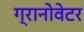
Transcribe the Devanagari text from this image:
ग्रानोवेटर